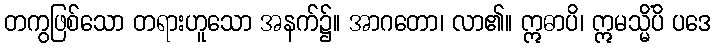
တကွဖြစ်သော တရားဟူသော အနက်၌။ အာဂတော၊ လာ၏။ ဣဓာပိ၊ ဣမသ္မိံပိ ပဒေ